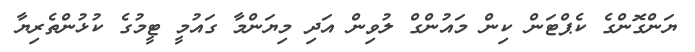
ޔަންގޮންގެ ކެޕްޓަން ކިން މައުންގް ލުވިން އަދި މިޔަންމާ ގައުމީ ޓީމުގެ ކުޅުންތެރިޔާ